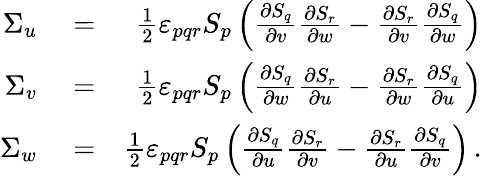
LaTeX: \begin{array}{rlr}{\Sigma_{u}}&{{}=}&{\frac{1}{2}\varepsilon_{pqr}S_{p}\left(\frac{\partial S_{q}}{\partial v}\frac{\partial S_{r}}{\partial w}-\frac{\partial S_{r}}{\partial v}\frac{\partial S_{q}}{\partial w}\right)}\\ {\Sigma_{v}}&{{}=}&{\frac{1}{2}\varepsilon_{pqr}S_{p}\left(\frac{\partial S_{q}}{\partial w}\frac{\partial S_{r}}{\partial u}-\frac{\partial S_{r}}{\partial w}\frac{\partial S_{q}}{\partial u}\right)}\\ {\Sigma_{w}}&{{}=}&{\frac{1}{2}\varepsilon_{pqr}S_{p}\left(\frac{\partial S_{q}}{\partial u}\frac{\partial S_{r}}{\partial v}-\frac{\partial S_{r}}{\partial u}\frac{\partial S_{q}}{\partial v}\right)\, .}\end{array}